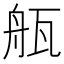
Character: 𤭂